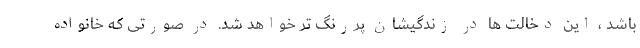
باشد ، این دخالت ها در زندگیشان پررنگ تر خواهد شد. در صورتی که خانواده